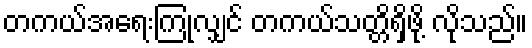
တကယ်အရေးကြုံလျှင် တကယ်သတ္တိရှိဖို့ လိုသည်။